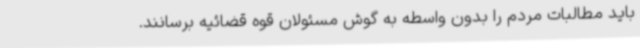
باید مطالبات مردم را بدون واسطه به گوش مسئولان قوه قضائیه برسانند.